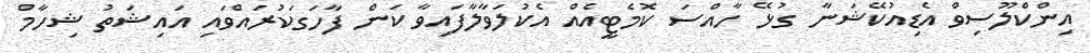
އިންކްލޫސިވް އެޑިއުކޭޝަނާ ގުޅޭ ހާއްސަ ކޮމެޓީއެއް އެކުލަވާލާފައިވާ ކަން ފާހަގަކުރައްވައި އައިޝަތު ޝިހާމް